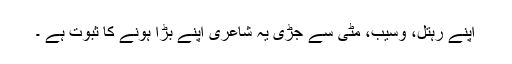
اپنے رہتل، وسیب، مٹی سے جڑی یہ شاعری اپنے بڑا ہونے کا ثبوت ہے ۔